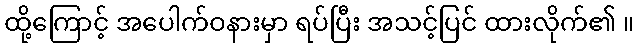
ထို့ကြောင့် အပေါက်ဝနားမှာ ရပ်ပြီး အသင့်ပြင် ထားလိုက်၏ ။